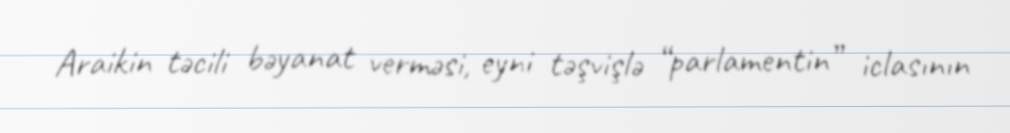
Araikin təcili bəyanat verməsi, eyni təşvişlə “parlamentin” iclasının